Annual administration report of the Civil Veterinary Department of India - 1892-1893
Year: 1892
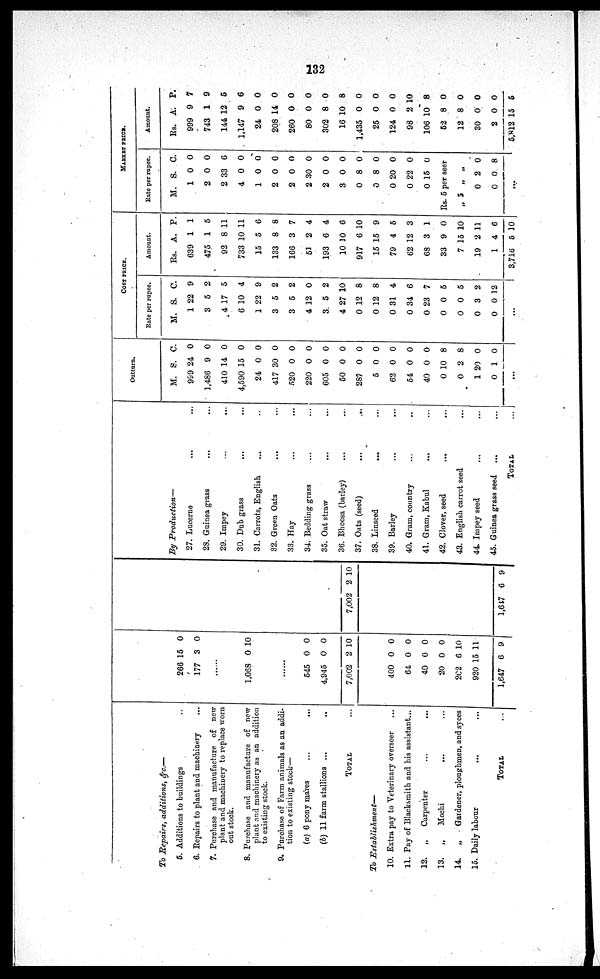
132
To Repairs, additions, &c.—
5. Additions to buildings ...
6. Repairs to plant and machinery ...
7. Purchase and manufacture of new
plant and machinery to replace worn
out stock.
8. Purchase and manufacture of new
plant and machinery as an addition
to existing stock.
9. Purchase of Farm animals as an addi-
tion to existing stock—
(a) 6 pony mares ... ...
(b) 11 farm stallions ... ...
TOTAL ...
To
Establishment—
10. Extra pay to Veterinary overseer
11. Pay of Blacksmith and his assistant...
12.
„
Carpenter ... ...
13.
„
Mochi ... ...
14.
„
Gardener, ploughmen, and syces
15. Daily labour
...
...
TOTAL ...
266
177
15
3
0
0
......
1,068 0 10
......
545
4,945
7,002
0
0
2
0
0
10
400
64
40
20
202
920
1,647
0
0
0
0
6
15
6
0
0
0
0
10
11
9
7,002 2 10
1,647 6 9
By
Production—
27. Lucerne ... ...
28. Guinea grass ... ...
29. Impey
...
...
30. Dub grass ... ...
31. Carrots, English ... ...
32. Green Oats ... ...
33. Hay ... ...
34. Bedding grass ... ...
35. Oat straw ... ...
36. Bhoosa (barley) ... ...
37. Oats (seed) ... ...
38. Linseed
... ...
39. Barley ... ...
40. Gram, country ... ...
41. Gram, Kabul ... ...
42. Clover, seed
... ...
43. English carrot seed ...
44. Impey seed ... ...
45. Guinea grass seed ... ...
TOTAL
...
Outturn.
M.
999
1,486
410
4,590
24
417
520
220
605
50
287
5
62
54
40
0
0
1
0
S.
24
9
14
15
0
30
0
0
0
0
0
0
0
0
0
10
2
20
1
C.
0
0
0
0
0
0
0
0
0
0
0
0
0
0
0
8
8
0
0
...
COST PRICE.
Rate per rupee.
M.
1
3
4
6
1
3
3
4
3
4
0
0
0
0
0
0
0
0
0
S.
22
5
17
10
22
5
5
12
5
27
12
12
31
34
23
0
0
3
0
C.
9
2
5
4
9
2
2
0
2
10
8
8
4
6
7
5
5
2
12
...
Amount.
Rs.
639
475
92
733
15
133
166
51
193
10
917
15
79
62
68
33
7
19
1
3,716
A.
1
1
8
10
5
8
3
2
6
10
6
15
4
12
3
9
15
2
4
5
P.
1
5
11
11
6
8
7
4
4
6
10
9
5
3
1
0
10
11
6
10
MARKET PRICE.
Rate per rupee.
M.
1
2
2
4
1
2
2
2
2
3
0
0
0
0
0
S.
0
0
33
0
0
0
0
30
0
0
8
8
20
22
15
C.
0
0
6
0
0
0
0
0
0
0
0
0
0
0
0
Rs. 5 per seer
„ 5
0
0
„
2
0
„
0
8
...
Amount.
Rs.
999
743
144
1,147
24
208
260
80
302
16
1,435
25
124
98
106
52
12
30
2
5,812
A.
9
1
12
9
0
14
0
0
8
10
0
0
0
2
10
8
8
0
0
15
P.
7
9
5
6
0
0
0
0
0
8
0
0
0
10
8
0
0
0
0
5